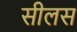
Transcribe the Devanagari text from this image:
सीलस